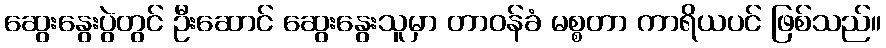
ဆွေးနွေးပွဲတွင် ဦးဆောင် ဆွေးနွေးသူမှာ တာဝန်ခံ မစ္စတာ ကာရိယပင် ဖြစ်သည်။